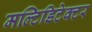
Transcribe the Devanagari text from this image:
मल्टिडिटेक्टर